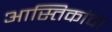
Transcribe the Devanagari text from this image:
आस्तिकांचा